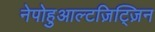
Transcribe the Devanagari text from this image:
नेपोहुआल्टज़िट्ज़िन